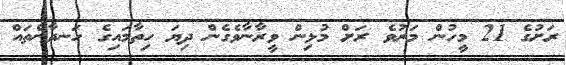
ރަށުގެ 21 މީހުން މަރުވެ ރަށް މުޅިން ވީރާނާވެގެން ދިޔަ ހިތާމައިގެ ހަނދާންތައް